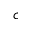
c